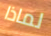
لماذا